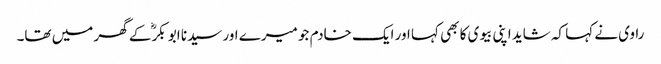
راوی نے کہا کہ شاید اپنی بیوی کا بھی کہا اور ایک خادم جو میرے اور سیدنا ابو بکرؓ کے گھر میں تھا۔